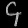
Digit: ၄